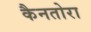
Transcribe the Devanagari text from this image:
कैनतोरा